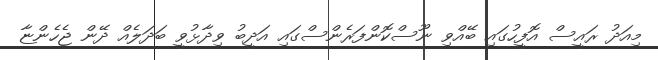
މިއަދު ރައީސް އޮފީހުގައި ބޭއްވި ނޫސްކޮންފަރެންސްގައި އަދީބު ވިދާޅުވީ ބަދަލެއް ދޭން ޖެހެންޏާ